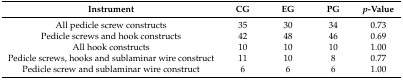
<table><thead><tr><td><b>Instrument</b></td><td><b>CG</b></td><td><b>EG</b></td><td><b>PG</b></td><td><b><i>p</i>-Value</b></td></tr></thead><tbody><tr><td>All pedicle screw constructs</td><td>35</td><td>30</td><td>34</td><td>0.73</td></tr><tr><td>Pedicle screws and hook constructs</td><td>42</td><td>48</td><td>46</td><td>0.69</td></tr><tr><td>All hook constructs</td><td>10</td><td>10</td><td>10</td><td>1.00</td></tr><tr><td>Pedicle screws, hooks and sublaminar wire construct</td><td>11</td><td>10</td><td>8</td><td>0.77</td></tr><tr><td>Pedicle screw and sublaminar wire construct</td><td>6</td><td>6</td><td>6</td><td>1.00</td></tr></tbody></table>